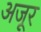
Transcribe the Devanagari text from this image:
अजूर